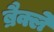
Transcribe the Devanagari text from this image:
ब्रैक्ले